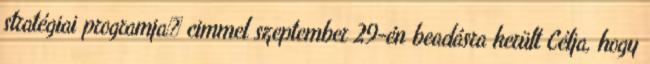
stratégiai programja cimmel szeptember 29-én beadásra került Célja, hogy